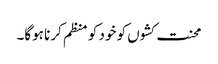
محنت کشوں کو خود کو منظم کرنا ہوگا۔